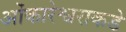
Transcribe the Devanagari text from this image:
ओंकारेश्वराकडे